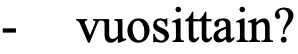
- vuosittain?